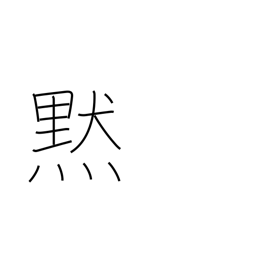
Meaning: silence